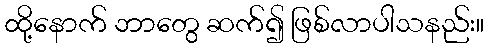
ထို့နောက် ဘာတွေ ဆက်၍ ဖြစ်လာပါသနည်း။